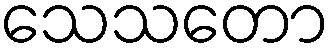
သေသတော